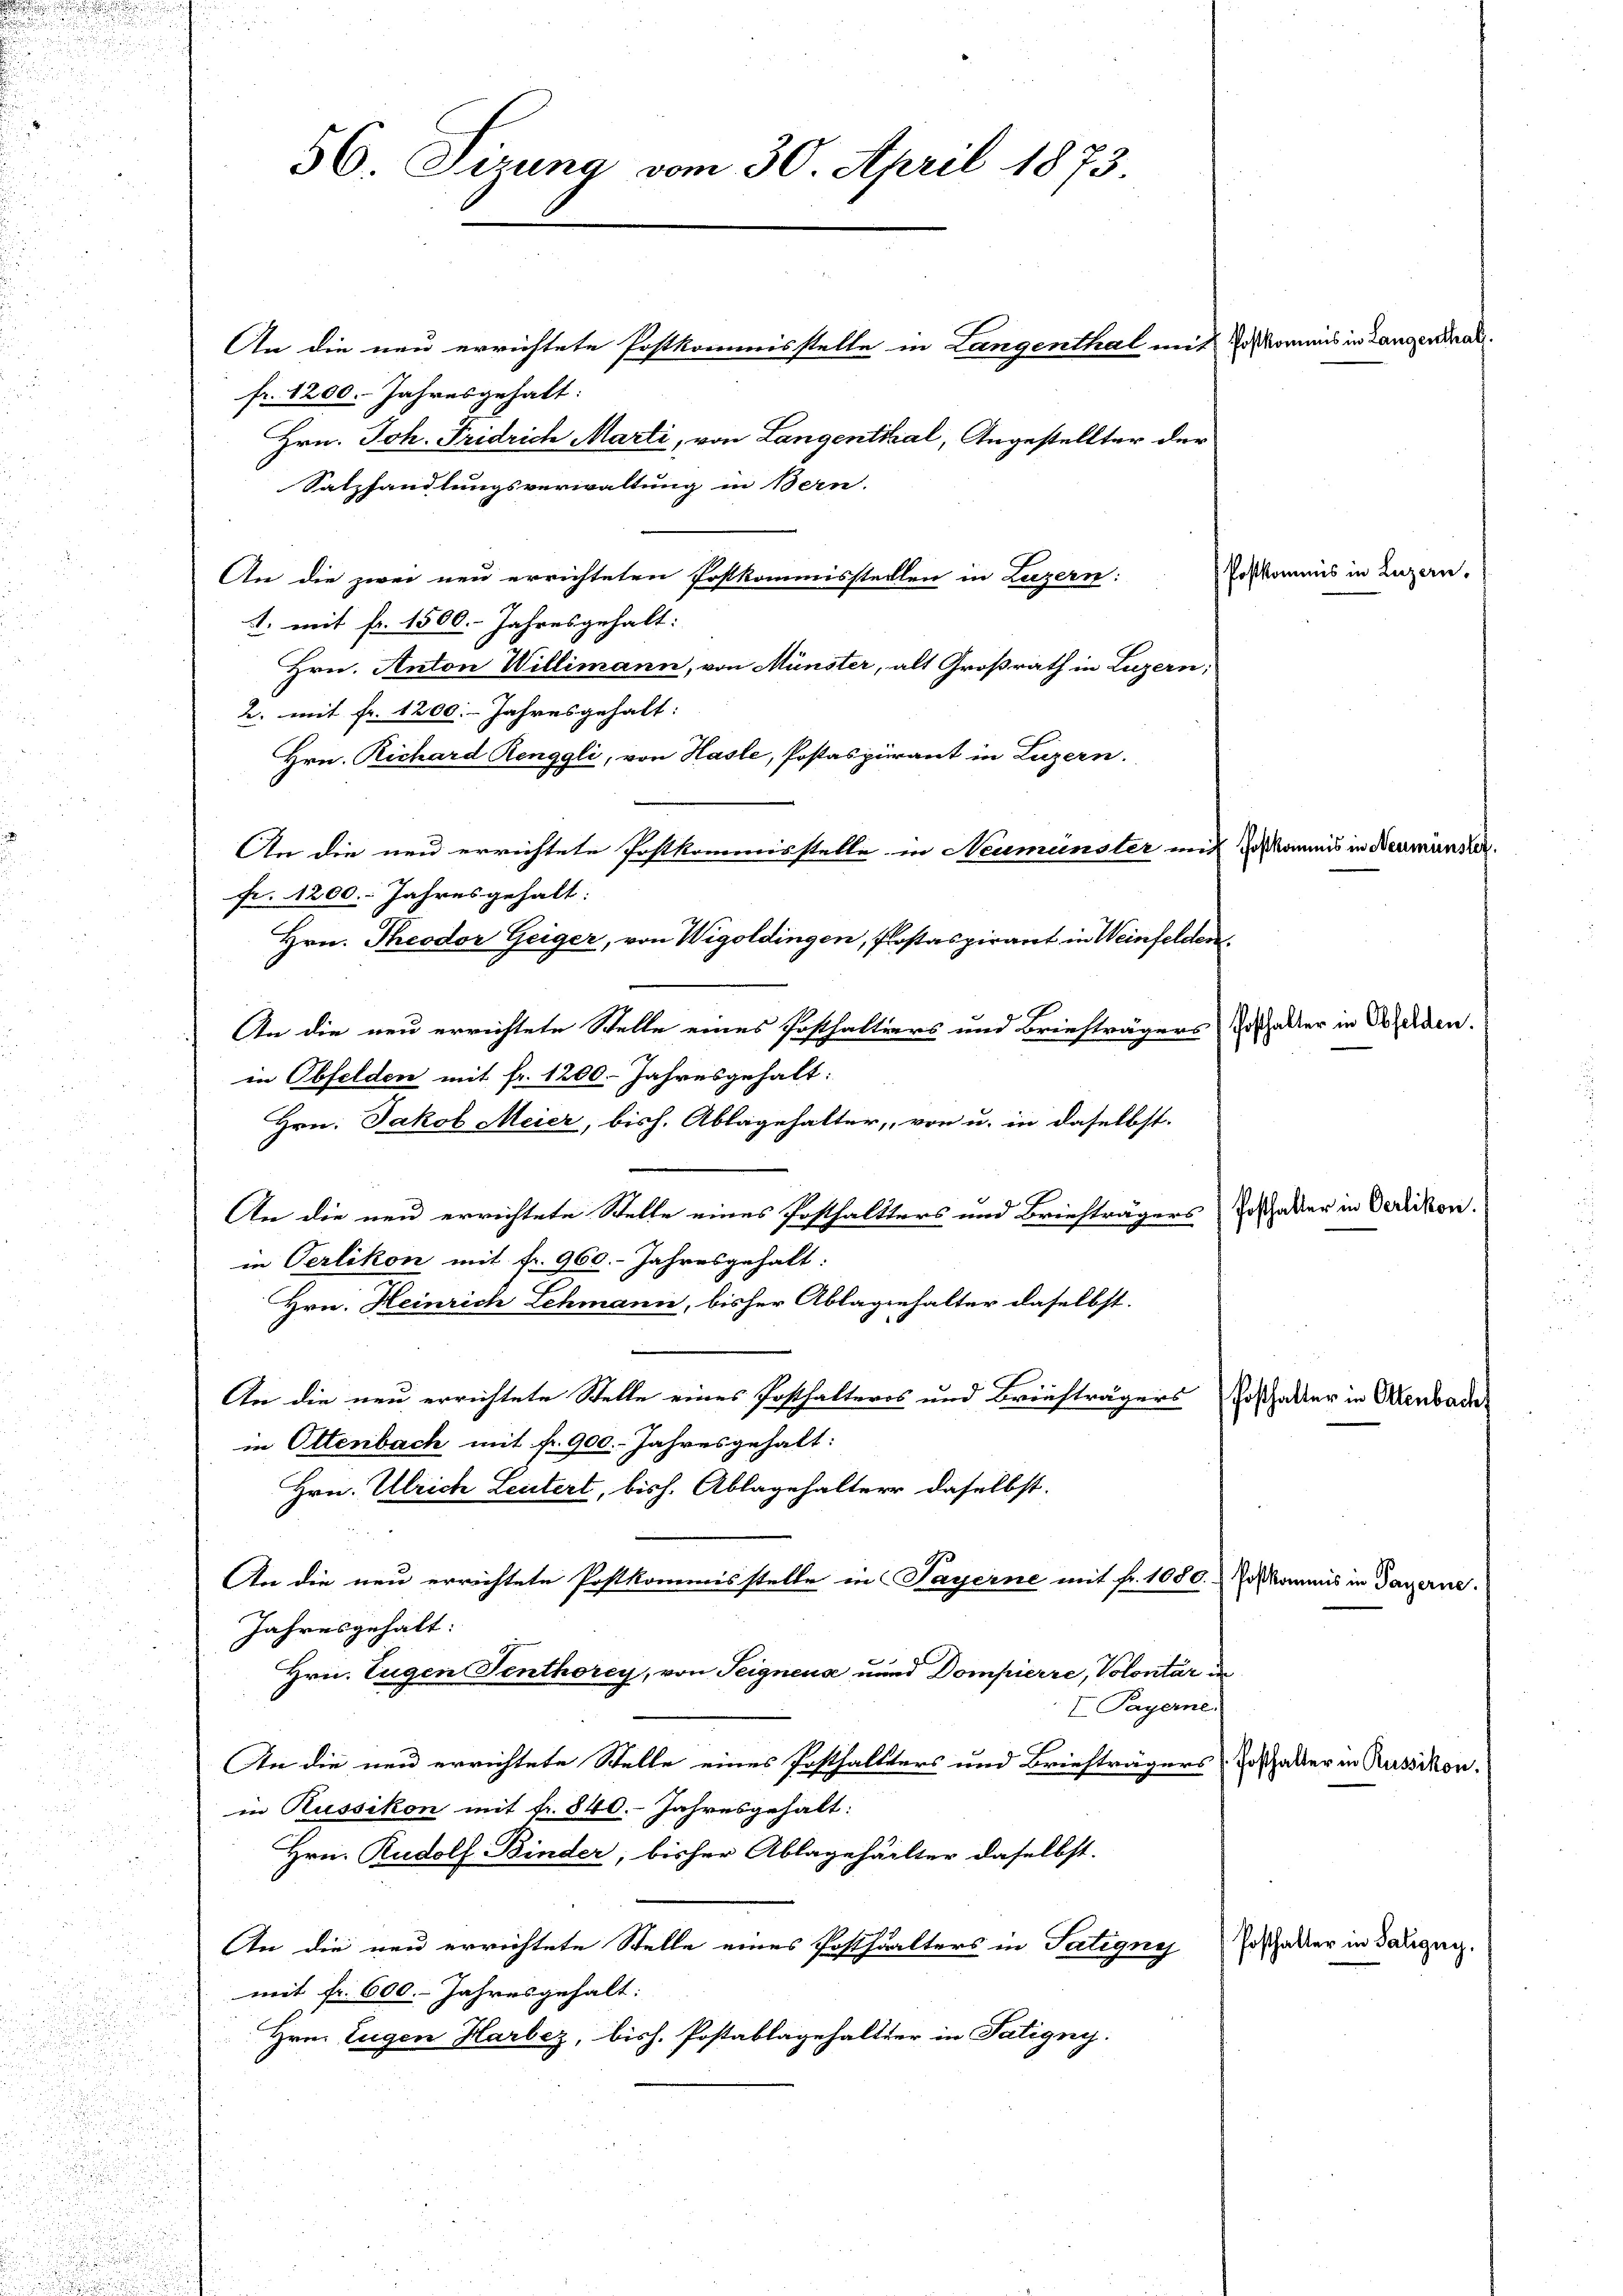
e
u

56. Sizung vom 30. April 1873

An die neu errichtete Postkommisstelle in Langenthal mit der
fr. 1200. Jahresgehalt:
Hrn. Joh. Fridrich Marti, von Langenthal, Angestellter der
Salzhandlungsverwaltung in Bern.
An die zwei neu errichteten Postkommisstellen in Luzern:
1. mit fr. 1500. Jahresgehalt:
Hrn. Anton Willimann, von Münster, alt Großrath in Luzern,
2. mit fr. 1200. Jahresgehalt:
Hrn. Richard Renggli, von Hasle, Postaspirant in Luzern.
An die neu errichtete Postkommisstelle in Neumünster mit der
fr. 1200. Jahresgehalt:
Hrn. Theodor Geiger, von Wigoldingen, Prostaspirant in Weinfelden.
An die neu errichtete Stelle eines Posthaltiers und Briefträgers
in Obfelden mit fr. 1200. Jahresgehalt:
Hrn. Jakob Meier, bish. Ablagehalter, von u. in daselbst.
An die neu errichtete Stelle eines Posthaltters und Briefträgers
in Verlikon mit fr. 960. Jahresgehalt:
Hrn. Heinrich Lehmann, bisher Ablagenhalter daselbst.
An die neu errichtete Stelle eines Posthalteros und Briefträgers Erschalter in Arenbac
in Ottenbach mit fr. 900. Jahresgehalt:
Hrn. Ulrich Leutert, bish. Ablagehalter daselbst.
An die neu errichtete Postkommisstelle in Payerne mit fr. 1080.
Jahresgehalt:
Hrn. Eugen Senthorey, von Teignena unnd Dompierre, Volontär de
I Payerne.
An die neu errichtete Stelle eines Posthallters und Briefträgers Josthalter in Russikon.
in Russikon mit fr. 840. Jahresgehalt:
Hrn. Rudolf Binder, bisher Ablagehälter daselbst.
An die neu errichtete Stelle eines Posthalters in Tatignys Posthalter in Baugen.
mit fr. 600. Jahresgehalt:
Hrn. Eugen Harbez, bish. Postablagehalter in Tatigny.

Poste

osthal

nis in Lange

Postkommis in Payerne.

Neu

lter in Obfelden.

nster

Posthalter in Oerlikon.